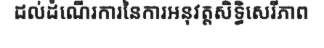
ដល់ដំណើរការនៃការអនុវត្តសិទ្ធិសេរីភាព